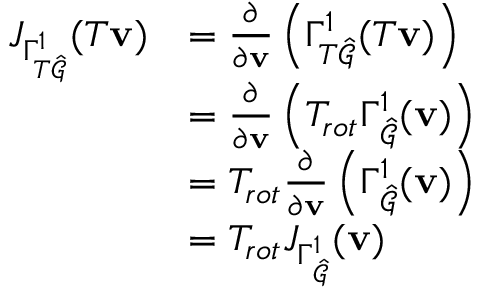
\begin{array} { r l } { J _ { \Gamma _ { T \hat { \mathcal { G } } } ^ { 1 } } ( T \mathbf { v } ) } & { = \frac { \partial } { \partial \mathbf { v } } \left( \Gamma _ { T \hat { \mathcal { G } } } ^ { 1 } ( T \mathbf { v } ) \right) } \\ & { = \frac { \partial } { \partial \mathbf { v } } \left( T _ { r o t } \Gamma _ { \hat { \mathcal { G } } } ^ { 1 } ( \mathbf { v } ) \right) } \\ & { = T _ { r o t } \frac { \partial } { \partial \mathbf { v } } \left( \Gamma _ { \hat { \mathcal { G } } } ^ { 1 } ( \mathbf { v } ) \right) } \\ & { = T _ { r o t } J _ { \Gamma _ { \hat { \mathcal { G } } } ^ { 1 } } ( \mathbf { v } ) } \end{array}